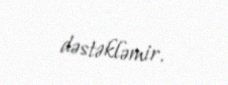
dəstəkləmir.